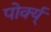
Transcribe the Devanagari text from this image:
पोर्क्य्